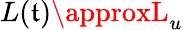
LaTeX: L(\mathfrak{t})\approxL_{u}